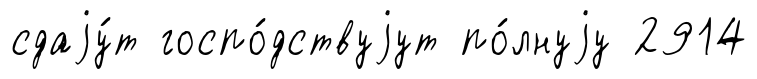
сдаjу́т госпо́дствуjут по́лнуjу 2914